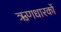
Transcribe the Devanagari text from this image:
ऋणधारकों